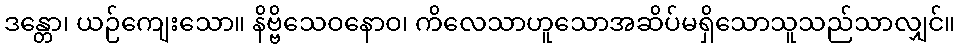
ဒန္တော၊ ယဉ်ကျေးသော။ နိဗ္ဗိသေဝနောဝ၊ ကိလေသာဟူသောအဆိပ်မရှိသောသူသည်သာလျှင်။